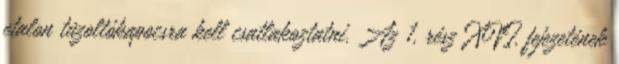
etalon tûzoltókapocsra kell csatlakoztatni. Az 1. rész XVI. fejezetének